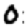
Digit: 0